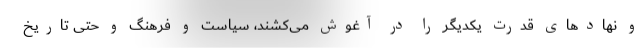
و نهادهای قدرت یکدیگر را در آغوش می‌کشند، سیاست و فرهنگ و حتی تاریخ